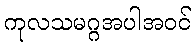
ကုလသမဂ္ဂအပါအဝင်